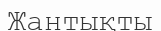
Жантықты